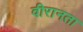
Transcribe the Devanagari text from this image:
वीरानता